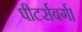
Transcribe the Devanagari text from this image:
पीटर्सबर्ग।